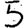
Digit: 5